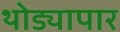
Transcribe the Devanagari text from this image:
थोड्यापार